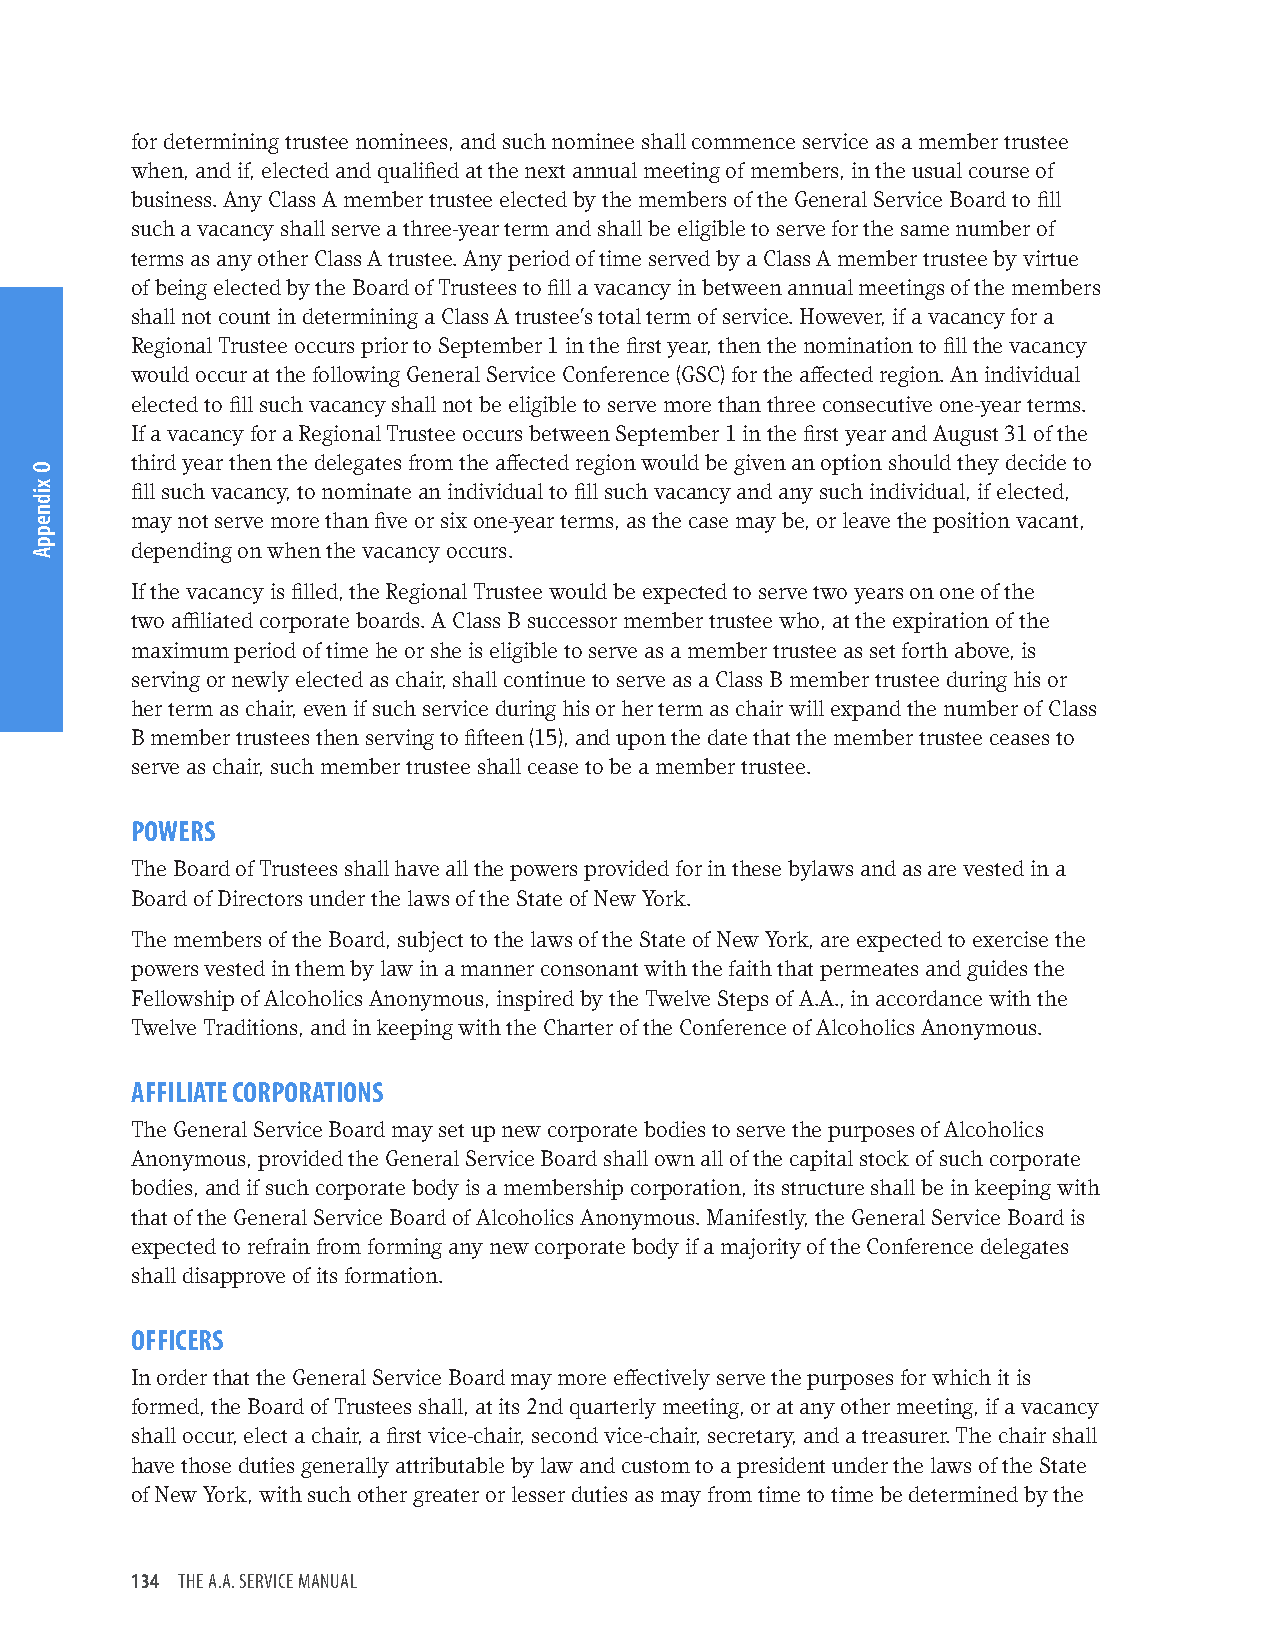
for determining trustee nominees, and such nominee shall commence service as a member trustee
 when, and if, elected and qualified at the next annual meeting of members, in the usual course of
 business. Any Class A member trustee elected by the members of the General Service Board to fill
 such a vacancy shall serve a three-year term and shall be eligible to serve for the same number of
 terms as any other Class A trustee. Any period of time served by a Class A member trustee by virtue
 of being elected by the Board of Trustees to fill a vacancy in between annual meetings of the members
 shall not count in determining a Class A trustee’s total term of service. However, if a vacancy for a
 Regional Trustee occurs prior to September 1 in the first year, then the nomination to fill the vacancy
 would occur at the following General Service Conference (GSC) for the affected region. An individual
 elected to fill such vacancy shall not be eligible to serve more than three consecutive one-year terms.
 If a vacancy for a Regional Trustee occurs between September 1 in the first year and August 31 of the
 third year then the delegates from the affected region would be given an option should they decide to
 fill such vacancy, to nominate an individual to fill such vacancy and any such individual, if elected,
 may not serve more than five or six one-year terms, as the case may be, or leave the position vacant,
 depending on when the vacancy occurs.
 If the vacancy is filled, the Regional Trustee would be expected to serve two years on one of the
 two affiliated corporate boards. A Class B successor member trustee who, at the expiration of the
 maximum period of time he or she is eligible to serve as a member trustee as set forth above, is
 serving or newly elected as chair, shall continue to serve as a Class B member trustee during his or
 her term as chair, even if such service during his or her term as chair will expand the number of Class
 B member trustees then serving to fifteen (15), and upon the date that the member trustee ceases to
 serve as chair, such member trustee shall cease to be a member trustee.
 POWERS
 The Board of Trustees shall have all the powers provided for in these bylaws and as are vested in a
 Board of Directors under the laws of the State of New York.
 The members of the Board, subject to the laws of the State of New York, are expected to exercise the
 powers vested in them by law in a manner consonant with the faith that permeates and guides the
 Fellowship of Alcoholics Anonymous, inspired by the Twelve Steps of A.A., in accordance with the
 Twelve Traditions, and in keeping with the Charter of the Conference of Alcoholics Anonymous.
 AFFILIATE CORPORATIONS
 The General Service Board may set up new corporate bodies to serve the purposes of Alcoholics
 Anonymous, provided the General Service Board shall own all of the capital stock of such corporate
 bodies, and if such corporate body is a membership corporation, its structure shall be in keeping with
 that of the General Service Board of Alcoholics Anonymous. Manifestly, the General Service Board is
 expected to refrain from forming any new corporate body if a majority of the Conference delegates
 shall disapprove of its formation.
 OFFICERS
 In order that the General Service Board may more effectively serve the purposes for which it is
 formed, the Board of Trustees shall, at its 2nd quarterly meeting, or at any other meeting, if a vacancy
 shall occur, elect a chair, a first vice-chair, second vice-chair, secretary, and a treasurer. The chair shall
 have those duties generally attributable by law and custom to a president under the laws of the State
 of New York, with such other greater or lesser duties as may from time to time be determined by the
 134 THE A.A. SERVICE MANUAL
 O
 xidneppA